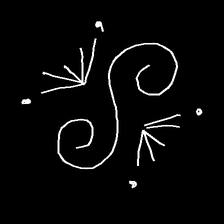
Glyph: aeroform